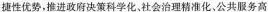
捷性优势，推进政府决策科学化，社会治理精准化，公共服务高